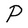
Character: P